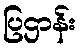
ပြဌာန်း